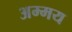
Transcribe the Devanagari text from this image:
अम्मय